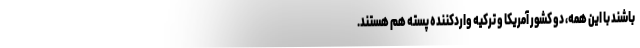
باشند با این همه، دو کشور آمریکا و ترکیه واردکننده پسته هم هستند.